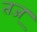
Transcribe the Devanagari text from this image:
तज्